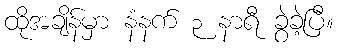
ထိုအချိန်မှာ နံနက် ၃ နာရီ ခွဲခဲ့ပြီ။